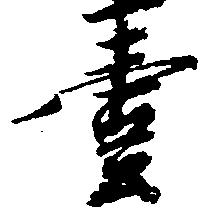
壱